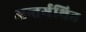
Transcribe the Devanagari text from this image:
अन्तर्गथित